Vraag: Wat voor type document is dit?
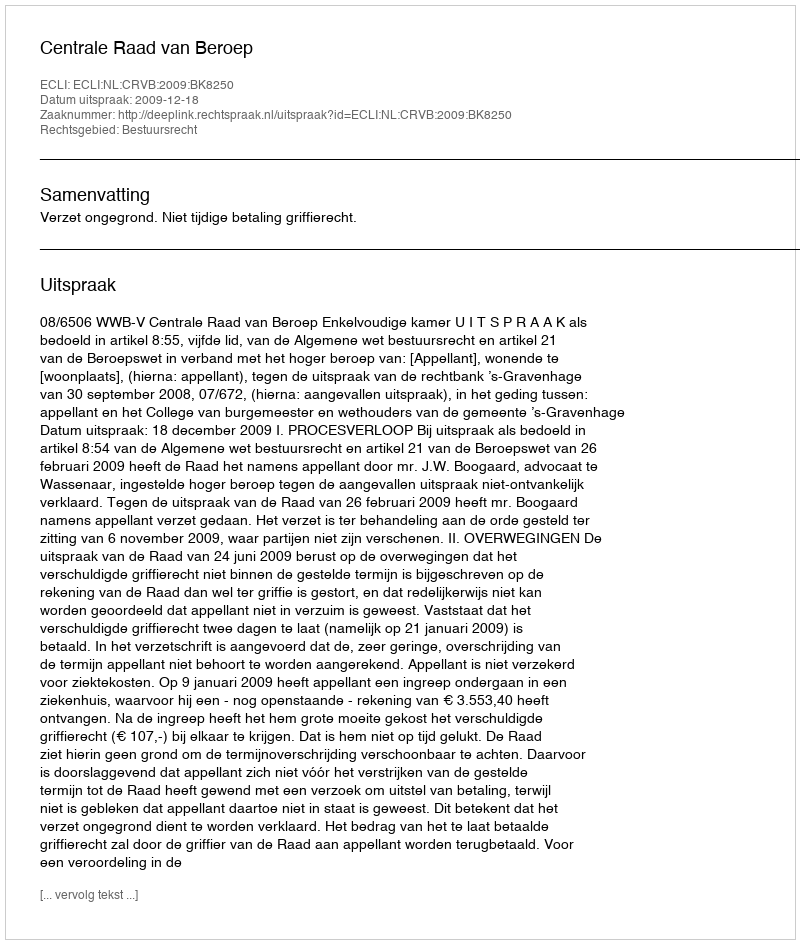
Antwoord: Uitspraak